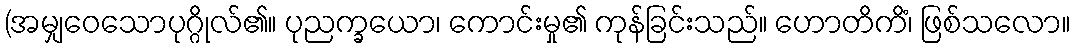
(အမျှဝေသောပုဂ္ဂိုလ်၏။ ပုညက္ခယော၊ ကောင်းမှု၏ ကုန်ခြင်းသည်။ ဟောတိကိံ၊ ဖြစ်သလော။